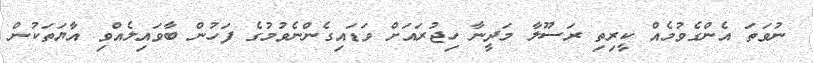
ނުވަތަ އެންގެވުމެއް ކީރިތި ރަސޫލާ މަދީނާ ހިޖުރައަށް ވަޑައިގެންނެވުމުގެ ފަހުން ބާވައިލެއްވި އާޔަތަކުން